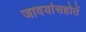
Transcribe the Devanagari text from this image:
जावयांसहोतें